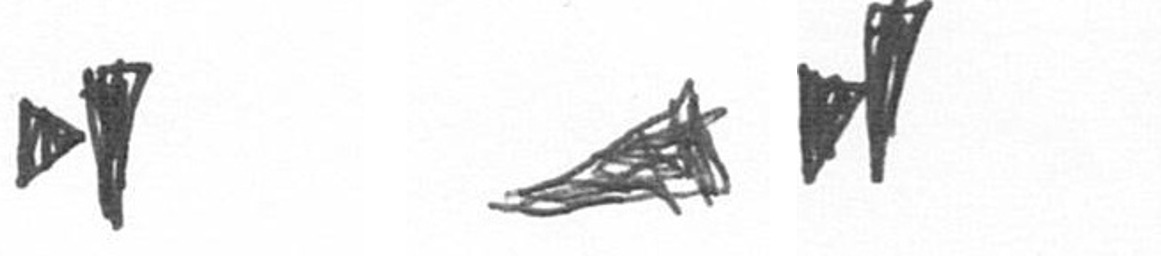
M O M